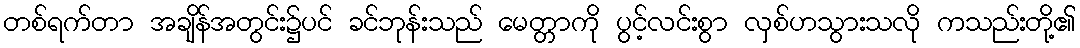
တစ်ရက်တာ အချိန်အတွင်း၌ပင် ခင်ဘုန်းသည် မေတ္တာကို ပွင့်လင်းစွာ လှစ်ဟသွားသလို ကသည်းတို့၏